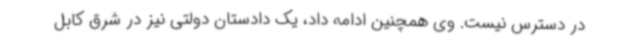
در دسترس نیست. وی همچنین ادامه داد، یک دادستان دولتی نیز در شرق کابل